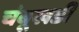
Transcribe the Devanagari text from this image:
चंबूखडी